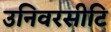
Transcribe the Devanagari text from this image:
उनिवरसीटि